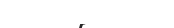
١١١